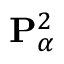
{ \mathbf { P } } _ { \alpha } ^ { 2 }